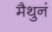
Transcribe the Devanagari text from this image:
मैथुनं